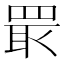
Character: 𱻂